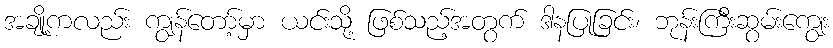
အချို့ကလည်း ကျွန်တော့်မှာ ယင်းသို့ ဖြစ်သည့်အတွက် ဒါနပြုခြင်း၊ ဘုန်းကြီးဆွမ်းကျွေး